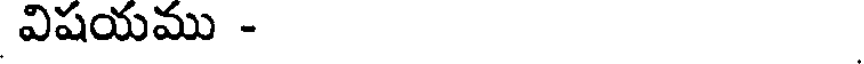
విషయము -